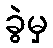
ခွဲမှ